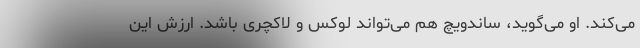
می‌کند. او می‌گوید، ساندویچ هم می‌تواند لوکس و لاکچری باشد. ارزش این